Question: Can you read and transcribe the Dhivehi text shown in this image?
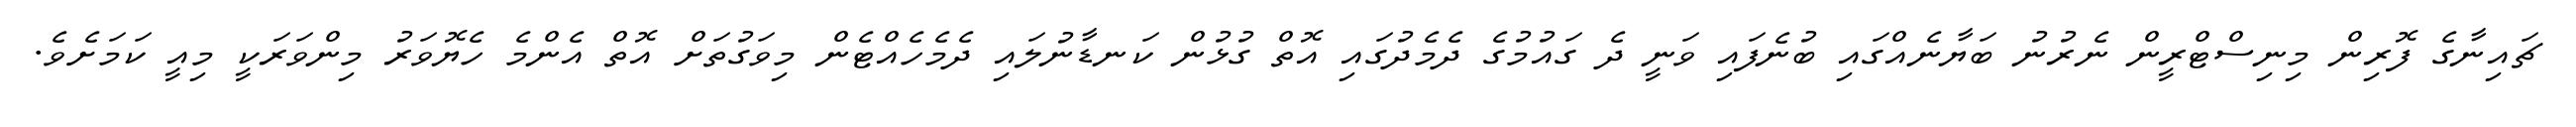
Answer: ޗައިނާގެ ފޮރިން މިނިސްޓްރީން ނެރުނު ބަޔާނެއްގައި ބުނެފައި ވަނީ ދެ ގައުމުގެ ދެމެދުގައި އޮތް ގުޅުން ކަނޑާނުލައި ދެމެހެއްޓެން މިވަގުތަށް އޮތް އެންމެ ހެޔޮވަރު މިންވަރަކީ މިއީ ކަމަށެވެ.